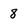
Character: 8